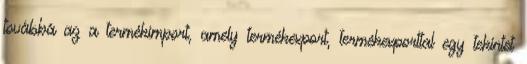
továbbá az a termékimport, amely termékexport, termékexporttal egy tekintet